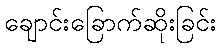
ချောင်းခြောက်ဆိုးခြင်း